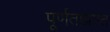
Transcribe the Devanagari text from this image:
पूर्णताप्राप्त